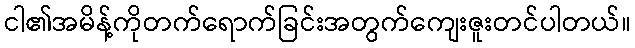
ငါ၏အမိန့်ကိုတက်ရောက်ခြင်းအတွက်ကျေးဇူးတင်ပါတယ်။